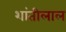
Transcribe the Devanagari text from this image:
शांतीलाल